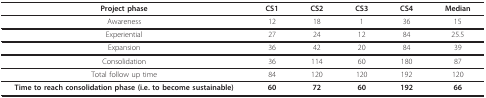
| Project phase | CS1 | CS2 | CS3 | CS4 | Median |
 | --- | --- | --- | --- | --- | --- |
 | Awareness | 12 | 18 | 1 | 36 | 15 |
 | Experiential | 27 | 24 | 12 | 84 | 25.5 |
 | Expansion | 36 | 42 | 20 | 84 | 39 |
 | Consolidation | 36 | 114 | 60 | 180 | 87 |
 | Total follow up time | 84 | 120 | 120 | 192 | 120 |
 | Time to reach consolidation phase (i.e. to become sustainable) | 60 | 72 | 60 | 192 | 66 |